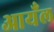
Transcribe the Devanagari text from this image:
आयँल